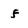
Character: f